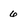
Character: 6